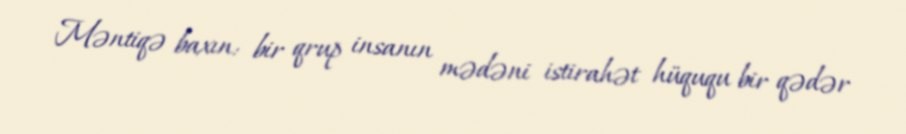
Məntiqə baxın: bir qrup insanın mədəni istirahət hüququ bir qədər